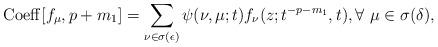
LaTeX: \begin{align*}{\rm Coeff}[f_{\mu},p+m_1]=\sum_{\nu \in \sigma(\epsilon)}\psi(\nu,\mu;t)f_{\nu}(z;t^{-p-m_1},t),\forall\ \mu \in \sigma(\delta),\end{align*}